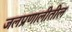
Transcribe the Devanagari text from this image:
जलप्रणालीतील